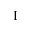
\mathrm { I }